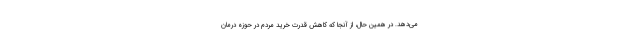
می‌دهد. در همین حال، از آنجا که کاهش قدرت خرید مردم در حوزه درمان